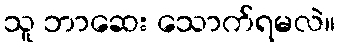
သူ ဘာဆေး သောက်ရမလဲ။